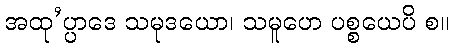
အထု’ပ္ပာဒေ သမုဒယော၊ သမူဟေ ပစ္စယေပိ စ။